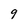
Character: 9